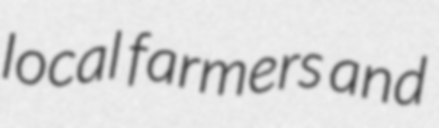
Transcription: local farmers and